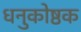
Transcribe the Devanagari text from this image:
धनुकोष्ठक